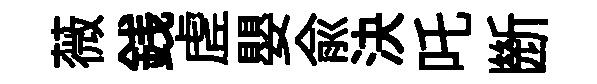
薇銭虗嬰兪決吒㫁